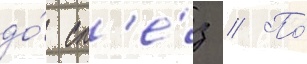
до́ сл'е́з // По́